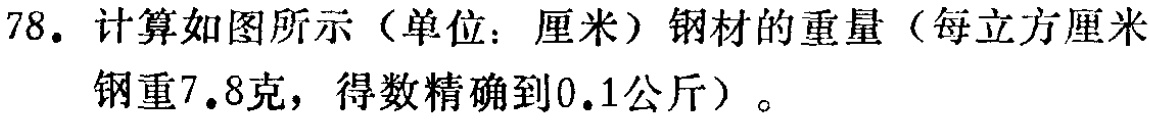
78. 计算如图所示（单位：厘米）钢材的重量（每立方厘米钢重7.8克，得数精确到0.1公斤）。